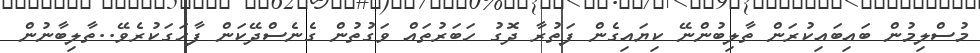
މުސްލިމުން ބައިބައިކުރަން ތާލިބުންނޭ ކިޔައިގެން ފަތުރާ ދޮގު ހަބަރުތައް ވަގުތުން ގެނެސްދޭކަން ފާހަގަކުރެވޭ..ތާލިބާނުން